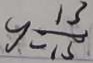
y = \frac { 1 3 } { 1 5 }